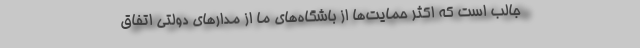
جالب است که اکثر حمایت‌ها از باشگاه‌های ما از مدارهای دولتی اتفاق